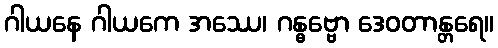
ဂါယနေ ဂါယကေ အဿေ၊ ဂန္ဓဗ္ဗော ဒေဝတာန္တရေ။